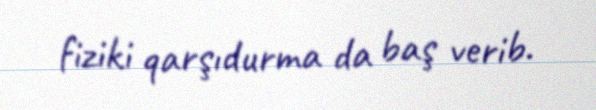
fiziki qarşıdurma da baş verib.